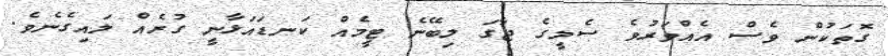
ގޮތަކުން ވެސް އެއްވަރުވެ ސެމީގެ ޖާގަ ލިބޭނެ ޓީމެއް ކަނޑައަޅާނީ ގުރެއް ލައިގެނެވެ.